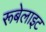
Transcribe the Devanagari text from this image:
रूबेलाइट